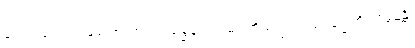
ယေဣမေ ဝံသဓမကာ၊ အကြင်မြွေမှုတ်သမားတို့သည်။ ဝံသံ၊ ပြွေကို။ ဓမေန္တိ၊